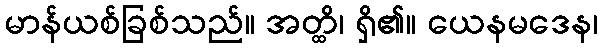
မာန်ယစ်ခြစ်သည်။ အတ္ထိ၊ ရှိ၏။ ယေနမဒေန၊